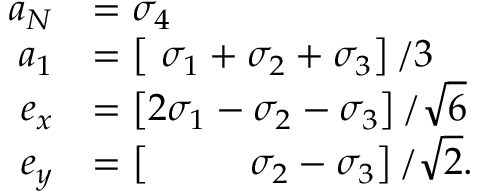
\begin{array} { r } { \begin{array} { r l } { a _ { N } } & { = \sigma _ { 4 } } \\ { a _ { 1 } } & { = \left[ \ \sigma _ { 1 } + \sigma _ { 2 } + \sigma _ { 3 } \right] / 3 } \\ { e _ { x } } & { = \left[ 2 \sigma _ { 1 } - \sigma _ { 2 } - \sigma _ { 3 } \right] / \sqrt { 6 } } \\ { e _ { y } } & { = \left[ \ \ \ \ \ \ \ \ \sigma _ { 2 } - \sigma _ { 3 } \right] / \sqrt { 2 } . } \end{array} } \end{array}